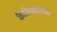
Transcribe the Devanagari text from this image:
कैलिफ़ोनिया